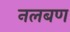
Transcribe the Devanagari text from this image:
नलबण